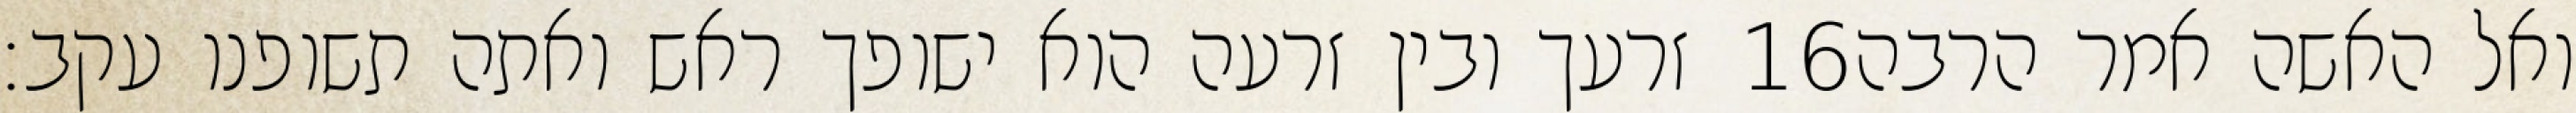
זרעך ובין זרעה הוא ישופך ראש ואתה תשופנו עקב׃ ‎16‏ ואל האשה אמר הרבה